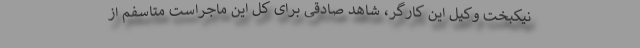
نیکبخت وکیل این کارگر، شاهد صادقی برای کل این ماجراست‌ ‌متاسفم از